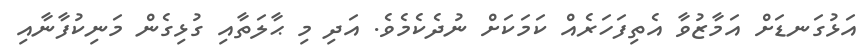
އަޅުގަނޑަށް އަމާޒުވާ އެތިފަހަރެއް ކަމަކަށް ނުދެކެމެވެ. އަދި މި ޙާލަތާއި ގުޅިގެން މަނިކުފާނާއި